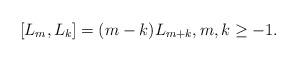
LaTeX: \begin{align*} [L_m, L_k] = (m-k)L_{m+k}, m, k\geq -1.\end{align*}